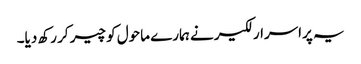
یہ پراسرار لکیر نے ہمارے ماحول کو چیر کر رکھ دیا۔